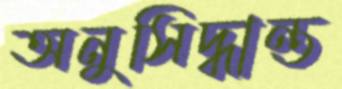
অনুসিদ্ধান্ত